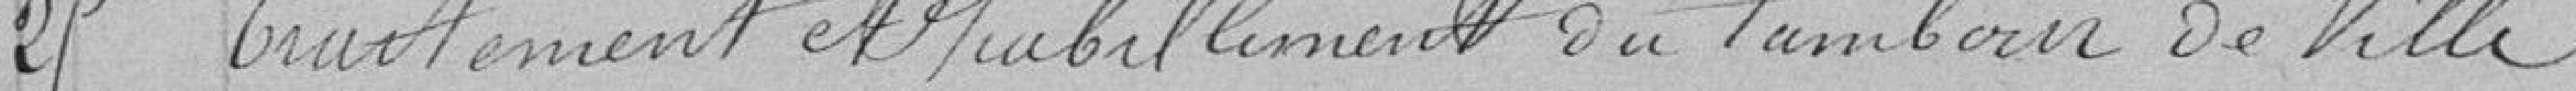
25 - Traitement et habillement du tambour de ville     250